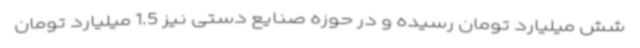
شش میلیارد تومان رسیده و در حوزه صنایع دستی نیز 1.5 میلیارد تومان